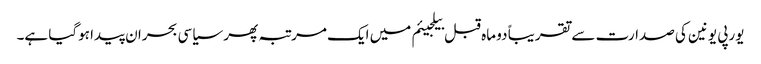
یورپی یونین کی صدارت سے تقریباً دو ماہ قبل بیلجیئم میں ایک مرتبہ پھر سیاسی بحران پیدا ہوگیا ہے۔